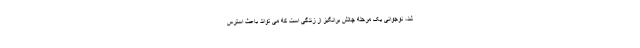
شد، نوجوانی یک مرحله چالش برانگیز از زندگی است که می تواند باعث استرس